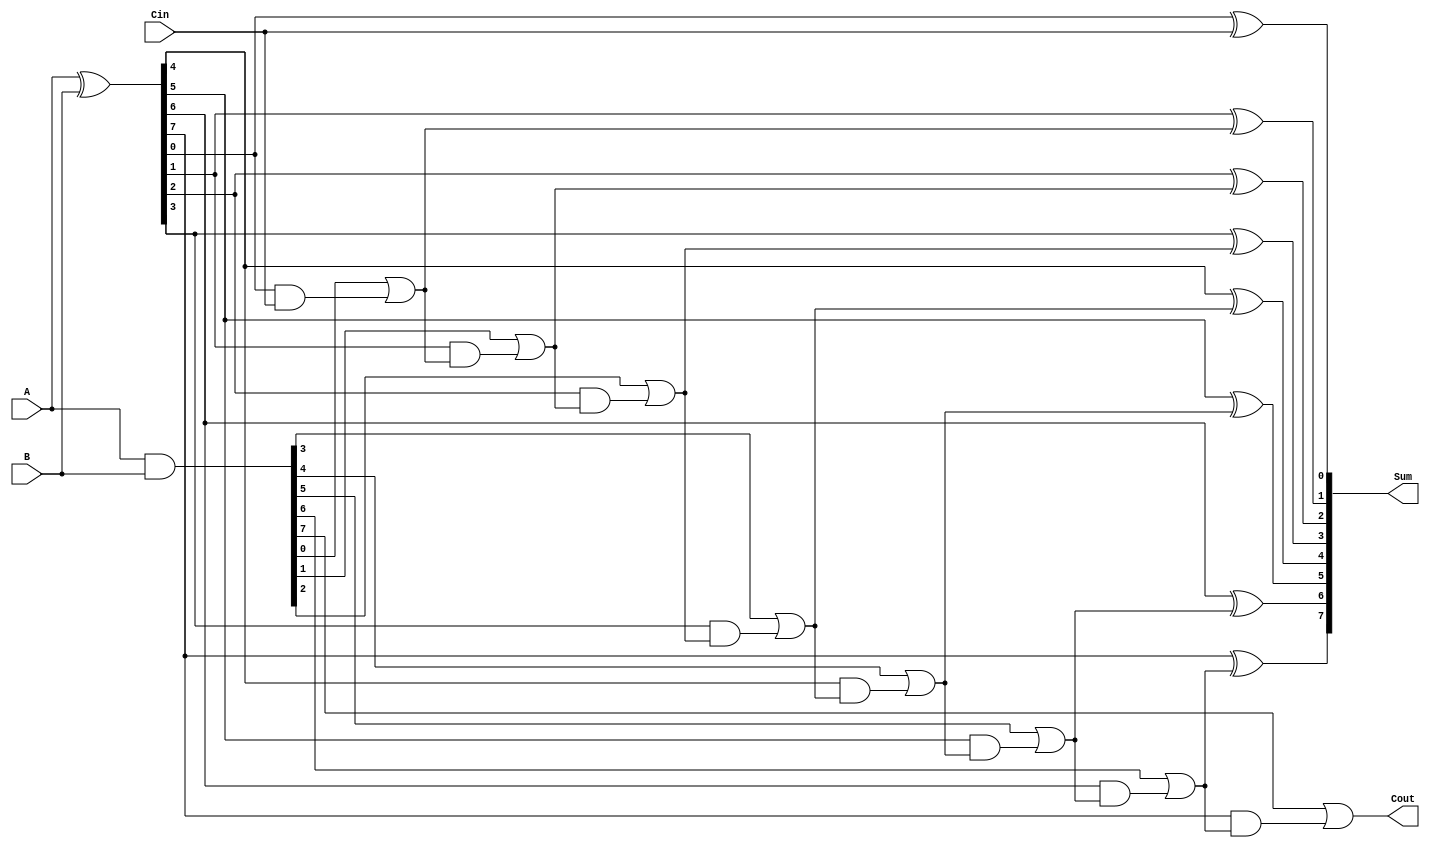
module ManchesterCarryChainAdder #(parameter n = 8) (
    input  [n-1:0] A,   // First operand
    input  [n-1:0] B,   // Second operand
    input          Cin,  // Carry-in
    output [n-1:0] Sum,  // Sum output
    output         Cout   // Carry-out
);

    // Generate and propagate signals
    wire [n-1:0] G;  // Generate signals
    wire [n-1:0] P;  // Propagate signals
    wire [n:0] C;    // Carry signals

    // Generate and propagate logic
    assign G = A & B;        // G[i] = A[i] & B[i]
    assign P = A ^ B;        // P[i] = A[i] ^ B[i]

    // Carry chain logic
    assign C[0] = Cin;       // C[0] is the input carry
    genvar i;

    generate
        for (i = 0; i < n; i = i + 1) begin : carry_chain
            // C[i+1] = G[i] | (P[i] & C[i])
            assign C[i+1] = G[i] | (P[i] & C[i]);
        end
    endgenerate

    // Sum calculation
    generate
        for (i = 0; i < n; i = i + 1) begin : sum_calculation
            // Sum[i] = P[i] ^ C[i]
            assign Sum[i] = P[i] ^ C[i];
        end
    endgenerate

    // Carry-out is the last carry
    assign Cout = C[n];

endmodule